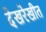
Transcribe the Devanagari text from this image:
देखरेखीत